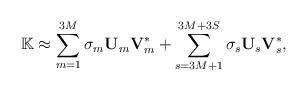
LaTeX: \begin{align*} \mathbb{K}\approx\sum_{m=1}^{3M}\sigma_m\mathbf{U}_m\mathbf{V}_m^*+\sum_{s=3M+1}^{3M+3S}\sigma_s\mathbf{U}_s\mathbf{V}_s^*,\end{align*}